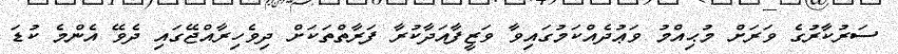
ސަރުކާރުގެ ވަރަށް މުޙިއްމު ވަޢުދެއްކަމުގައިވާ ވަޒީފާއަދާކުރާ ފަރާތްތަކަށް ދިވެހިރާއްޖޭގައި ދެވޭ އެންމެ ކުޑަ